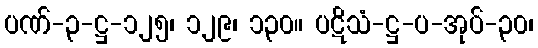
ပဏ်-၃-ဋ္ဌ-၁၂၅၊ ၁၂၉၊ ၁၃၀။ ပဋိသံ-ဋ္ဌ-ပ-အုပ်-၃၀၊